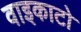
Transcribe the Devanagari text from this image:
वाइकाटो